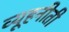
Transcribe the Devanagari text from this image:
व्यूहनीती